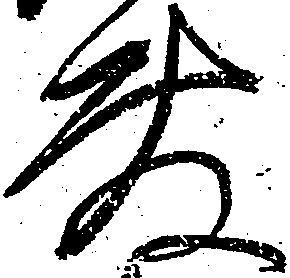
敷